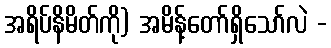
အရိပ်နိမိတ်ကို) အမိန့်တော်ရှိသော်လဲ -